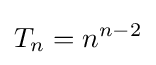
T_{n}=n^{n-2}